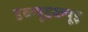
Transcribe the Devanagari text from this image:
डब्ल्यूडब्ल्यूइ